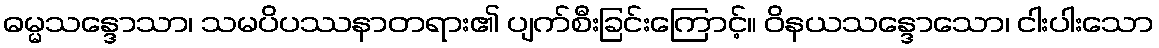
ဓမ္မသန္ဒောသာ၊ သမပိပဿနာတရား၏ ပျက်စီးခြင်းကြောင့်။ ဝိနယသန္ဒောသော၊ ငါးပါးသော